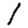
Digit: 1